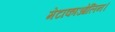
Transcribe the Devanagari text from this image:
मेटाकाओलिन।